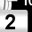
Digit: 2